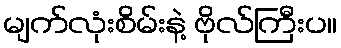
မျက်လုံးစိမ်းနဲ့ ဗိုလ်ကြီးပ။